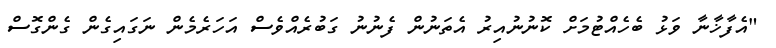
"އެފާޚާނާ ވަޅު ބެހެއްޓުމަށް ކޮނުނުއިރު އެތަނުން ފެނުނު ގަބުރެއްވެސް އަހަރެމެން ނަގައިގެން ގެންގޮސް